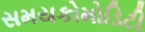
સમયકોમોડિટી